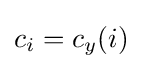
c_{i}=c_{y}(i)